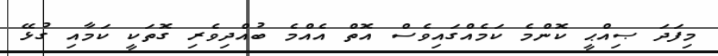
މިފަދަ ޞިއްޙީ ކޮންމެ ކަމެއްގައިވެސް އޮތް އެއްމެ ބުއްދިވެރި ގޮތަކީ ކަމާއި ގުޅޭ